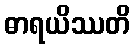
ဓာရယိဿတိ